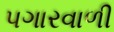
પગારવાળી